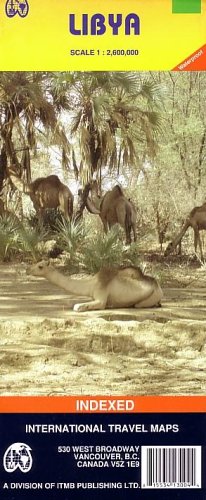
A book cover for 1. Libya Travel Reference Map, waterproof 1:2,6M 2006*** (International Travel Maps); International Travel maps; Travel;